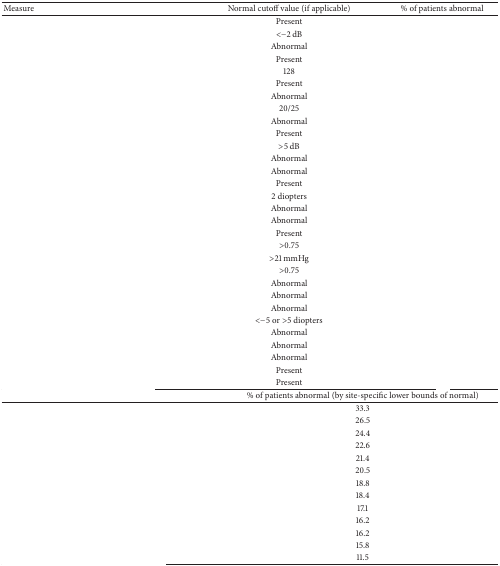
<table><thead><tr><td><b>Measure</b></td><td><b>Normal cutoff value (if applicable)</b></td><td><b>% of patients abnormal</b></td></tr></thead><tbody><tr><td>[EMPTY_CELL]</td><td>Present</td><td>[EMPTY_CELL]</td></tr><tr><td>[EMPTY_CELL]</td><td>&lt;−2 dB</td><td>[EMPTY_CELL]</td></tr><tr><td>[EMPTY_CELL]</td><td>Abnormal</td><td>[EMPTY_CELL]</td></tr><tr><td>[EMPTY_CELL]</td><td>Present</td><td>[EMPTY_CELL]</td></tr><tr><td>[EMPTY_CELL]</td><td>128</td><td>[EMPTY_CELL]</td></tr><tr><td>[EMPTY_CELL]</td><td>Present</td><td>[EMPTY_CELL]</td></tr><tr><td>[EMPTY_CELL]</td><td>Abnormal</td><td>[EMPTY_CELL]</td></tr><tr><td>[EMPTY_CELL]</td><td>20/25</td><td>[EMPTY_CELL]</td></tr><tr><td>[EMPTY_CELL]</td><td>Abnormal</td><td>[EMPTY_CELL]</td></tr><tr><td>[EMPTY_CELL]</td><td>Present</td><td>[EMPTY_CELL]</td></tr><tr><td>[EMPTY_CELL]</td><td>&gt;5 dB</td><td>[EMPTY_CELL]</td></tr><tr><td>[EMPTY_CELL]</td><td>Abnormal</td><td>[EMPTY_CELL]</td></tr><tr><td>[EMPTY_CELL]</td><td>Abnormal</td><td>[EMPTY_CELL]</td></tr><tr><td>[EMPTY_CELL]</td><td>Present</td><td>[EMPTY_CELL]</td></tr><tr><td>[EMPTY_CELL]</td><td>2 diopters</td><td>[EMPTY_CELL]</td></tr><tr><td>[EMPTY_CELL]</td><td>Abnormal</td><td>[EMPTY_CELL]</td></tr><tr><td>[EMPTY_CELL]</td><td>Abnormal</td><td>[EMPTY_CELL]</td></tr><tr><td>[EMPTY_CELL]</td><td>Present</td><td>[EMPTY_CELL]</td></tr><tr><td>[EMPTY_CELL]</td><td>&gt;0.75</td><td>[EMPTY_CELL]</td></tr><tr><td>[EMPTY_CELL]</td><td>&gt;21 mmHg</td><td>[EMPTY_CELL]</td></tr><tr><td>[EMPTY_CELL]</td><td>&gt;0.75</td><td>[EMPTY_CELL]</td></tr><tr><td>[EMPTY_CELL]</td><td>Abnormal</td><td>[EMPTY_CELL]</td></tr><tr><td>[EMPTY_CELL]</td><td>Abnormal</td><td>[EMPTY_CELL]</td></tr><tr><td>[EMPTY_CELL]</td><td>Abnormal</td><td>[EMPTY_CELL]</td></tr><tr><td>[EMPTY_CELL]</td><td>&lt;−5 or &gt;5 diopters</td><td>[EMPTY_CELL]</td></tr><tr><td>[EMPTY_CELL]</td><td>Abnormal</td><td>[EMPTY_CELL]</td></tr><tr><td>[EMPTY_CELL]</td><td>Abnormal</td><td>[EMPTY_CELL]</td></tr><tr><td>[EMPTY_CELL]</td><td>Abnormal</td><td>[EMPTY_CELL]</td></tr><tr><td>[EMPTY_CELL]</td><td>Present</td><td>[EMPTY_CELL]</td></tr><tr><td>[EMPTY_CELL]</td><td>Present</td><td>[EMPTY_CELL]</td></tr><tr><td>[EMPTY_CELL]</td><td colspan="2">% of patients abnormal (by site-specific lower bounds of normal)</td></tr><tr><td>[EMPTY_CELL]</td><td colspan="2">33.3</td></tr><tr><td>[EMPTY_CELL]</td><td colspan="2">26.5</td></tr><tr><td>[EMPTY_CELL]</td><td colspan="2">24.4</td></tr><tr><td>[EMPTY_CELL]</td><td colspan="2">22.6</td></tr><tr><td>[EMPTY_CELL]</td><td colspan="2">21.4</td></tr><tr><td>[EMPTY_CELL]</td><td colspan="2">20.5</td></tr><tr><td>[EMPTY_CELL]</td><td colspan="2">18.8</td></tr><tr><td>[EMPTY_CELL]</td><td colspan="2">18.4</td></tr><tr><td>[EMPTY_CELL]</td><td colspan="2">17.1</td></tr><tr><td>[EMPTY_CELL]</td><td colspan="2">16.2</td></tr><tr><td>[EMPTY_CELL]</td><td colspan="2">16.2</td></tr><tr><td>[EMPTY_CELL]</td><td colspan="2">15.8</td></tr><tr><td>[EMPTY_CELL]</td><td colspan="2">11.5</td></tr></tbody></table>